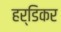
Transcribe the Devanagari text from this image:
हर्डिकर